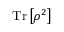
\operatorname { T r } \left[ \rho ^ { 2 } \right]